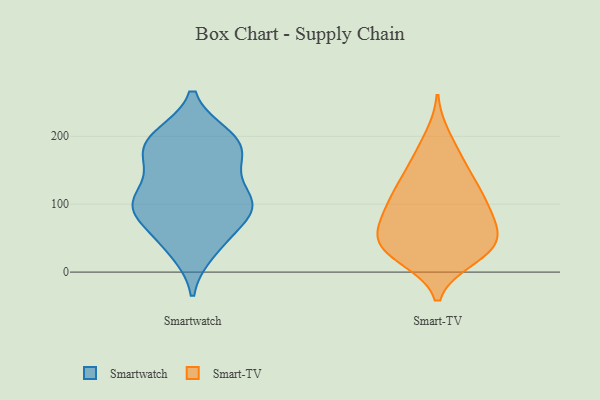
{"axis": {"x": "Humidity (%)", "y": "Value"}, "legend": ["Smart-TV", "Smartwatch"], "data": [{"x": "", "y": 180, "type": "Smartwatch"}, {"x": "", "y": 32, "type": "Smartwatch"}, {"x": "", "y": 198, "type": "Smartwatch"}, {"x": "", "y": 101, "type": "Smartwatch"}, {"x": "", "y": 95, "type": "Smartwatch"}, {"x": "", "y": 101, "type": "Smartwatch"}, {"x": "", "y": 41, "type": "Smartwatch"}, {"x": "", "y": 112, "type": "Smartwatch"}, {"x": "", "y": 194, "type": "Smartwatch"}, {"x": "", "y": 177, "type": "Smartwatch"}, {"x": "", "y": 56, "type": "Smartwatch"}, {"x": "", "y": 172, "type": "Smartwatch"}, {"x": "", "y": 93, "type": "Smartwatch"}, {"x": "", "y": 153, "type": "Smartwatch"}, {"x": "", "y": 199, "type": "Smartwatch"}, {"x": "", "y": 94, "type": "Smartwatch"}, {"x": "", "y": 102, "type": "Smartwatch"}, {"x": "", "y": 73, "type": "Smart-TV"}, {"x": "", "y": 175, "type": "Smart-TV"}, {"x": "", "y": 89, "type": "Smart-TV"}, {"x": "", "y": 63, "type": "Smart-TV"}, {"x": "", "y": 26, "type": "Smart-TV"}, {"x": "", "y": 123, "type": "Smart-TV"}, {"x": "", "y": 32, "type": "Smart-TV"}, {"x": "", "y": 22, "type": "Smart-TV"}, {"x": "", "y": 92, "type": "Smart-TV"}, {"x": "", "y": 48, "type": "Smart-TV"}, {"x": "", "y": 49, "type": "Smart-TV"}, {"x": "", "y": 152, "type": "Smart-TV"}, {"x": "", "y": 54, "type": "Smart-TV"}, {"x": "", "y": 106, "type": "Smart-TV"}, {"x": "", "y": 20, "type": "Smart-TV"}, {"x": "", "y": 199, "type": "Smart-TV"}, {"x": "", "y": 42, "type": "Smart-TV"}, {"x": "", "y": 98, "type": "Smart-TV"}, {"x": "", "y": 146, "type": "Smart-TV"}, {"x": "", "y": 123, "type": "Smart-TV"}]}